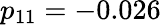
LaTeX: p_{11}=-0.026